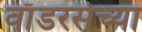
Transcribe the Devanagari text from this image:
वाँडरर्सच्या